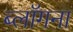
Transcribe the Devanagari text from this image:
ब्लॉगना